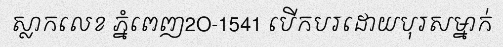
ស្លាកលេខ ភ្នំពេញ2O-1541 បើកបរដោយបុរសម្នាក់